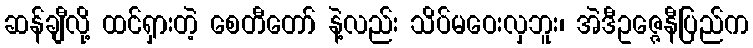
ဆန်ချီလို့ ထင်ရှားတဲ့ စေတီတော် နဲ့လည်း သိပ်မဝေးလှဘူး၊ အဲဒီဥဇ္ဇေနီပြည်က